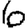
Digit: 6